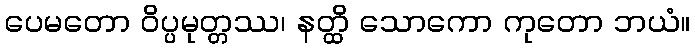
ပေမတော ဝိပ္ပမုတ္တဿ၊ နတ္ထိ သောကော ကုတော ဘယံ။